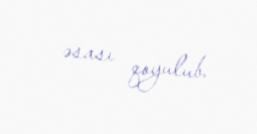
əsası qoyulub.